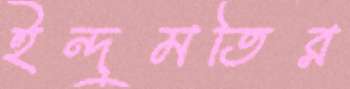
ইন্দুমতির